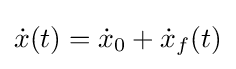
{\textstyle {\dot {x}}(t)={\dot {x}}_{0}+{\dot {x}}_{f}(t)}